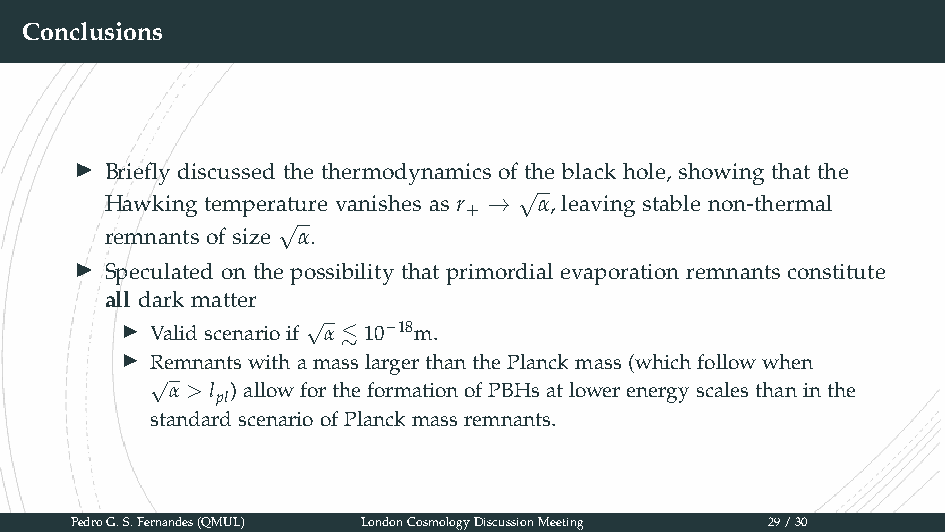
Conclusions
 ▶
 Briefly discussed the thermodynamics of the black hole, showing that the
 √
 Hawking temperature vanishes as r + → α, leaving stable non-thermal
 √
 remnants of size α.
 ▶
 Speculated on the possibility that primordial evaporation remnants constitute
 all dark matter
 √
 ▶ Validscenarioif α≲ 10−18m.
 ▶
 RemnantswithamasslargerthanthePlanckmass(whichfollowwhen
 √
 α > l )allowfortheformationofPBHsatlowerenergyscalesthaninthe
 pl
 standardscenarioofPlanckmassremnants.
 PedroG.S.Fernandes(QMUL) LondonCosmologyDiscussionMeeting 29/30